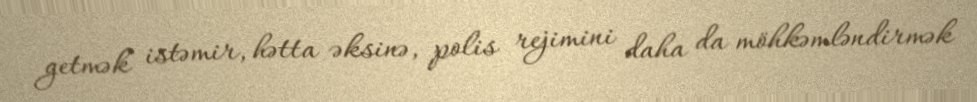
getmək istəmir, hətta əksinə, polis rejimini daha da möhkəmləndirmək